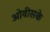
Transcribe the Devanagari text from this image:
ओवीसके